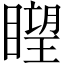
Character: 𥊛